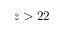
z > 2 2